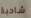
شاحبة